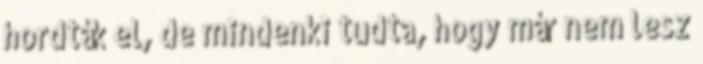
hordták el, de mindenki tudta, hogy már nem lesz